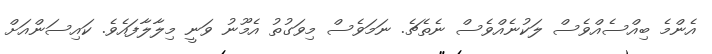
އެންމެ ބިއްސެއްވެސް ލަކުނެއްވެސް ނެތެޗެ. ނަމަވެސް މިވަގުތު އެމޫނު ވަނީ މިލާލާފައެވެ. ކައިސަންއަށް